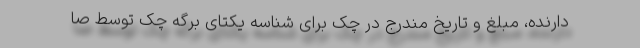
دارنده، مبلغ و تاریخ مندرج در چک برای شناسه یکتای برگه چک توسط صا